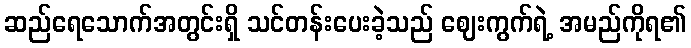
ဆည်ရေသောက်အတွင်းရှိ သင်တန်းပေးခဲ့သည် ဈေးကွက်ရဲ့ အမည်ကိုရ၏